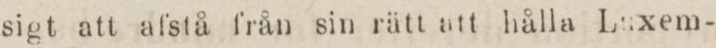
sigt att afstå från sin rätt att hålla Laxem-